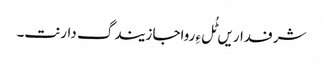
شرفداریں ٹُل ءِ رواجا زیندگ دارنت۔